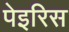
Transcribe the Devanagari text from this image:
पेइरिस